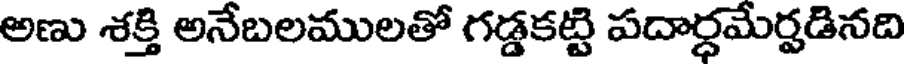
అణు శక్తి అనేబలములతో గడ్డకట్టి పదార్ధమేర్పడినది